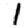
Digit: 1